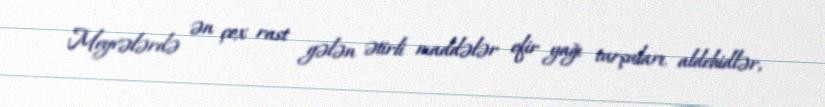
Meyvələrdə ən çox rast gələn ətirli maddələr efir yağı turşuları, aldehidlər,